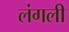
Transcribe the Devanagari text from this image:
लंगली